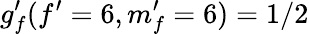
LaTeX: g_{f}^{\prime}(f^{\prime}=6,m_{f}^{\prime}=6)=1/2